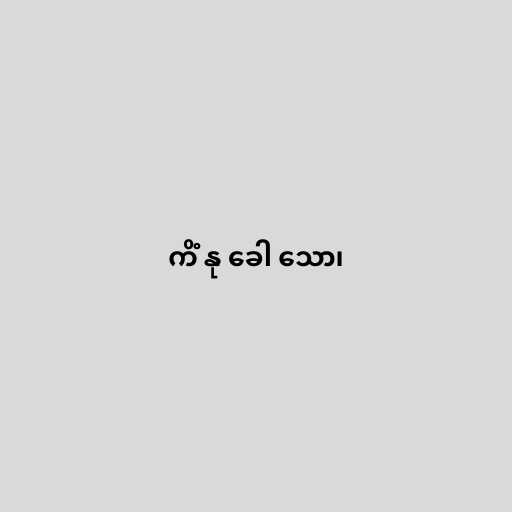
ကိံ နု ခေါ သော၊